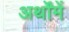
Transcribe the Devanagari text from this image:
अर्थोंमें